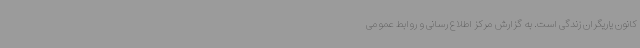
کانون یاریگران زندگی است. به گزارش مرکز اطلاع رسانی و روابط عمومی